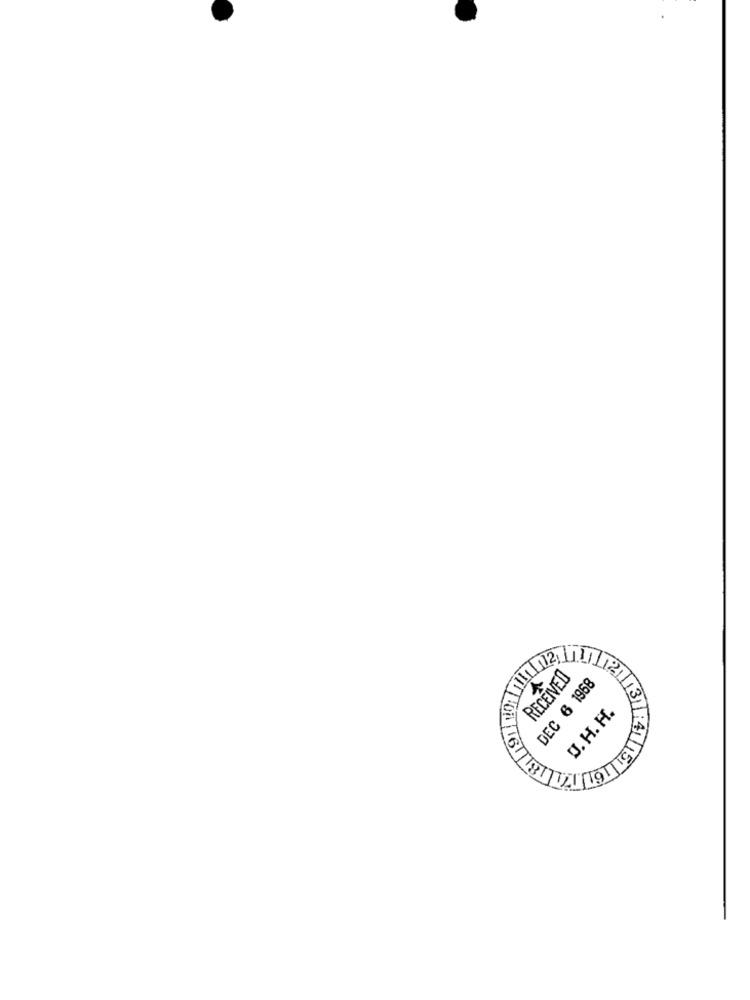
RECEIVED
DEC 6 1968
U.H. H.